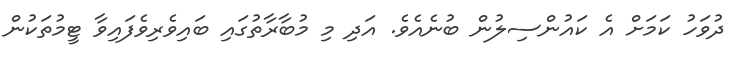
ދުވަހު ކަމަށް އެ ކައުންސިލުން ބުނެއެވެ. އަދި މި މުބާރާތުގައި ބައިވެރިވެފައިވާ ޓީމުތަކުން